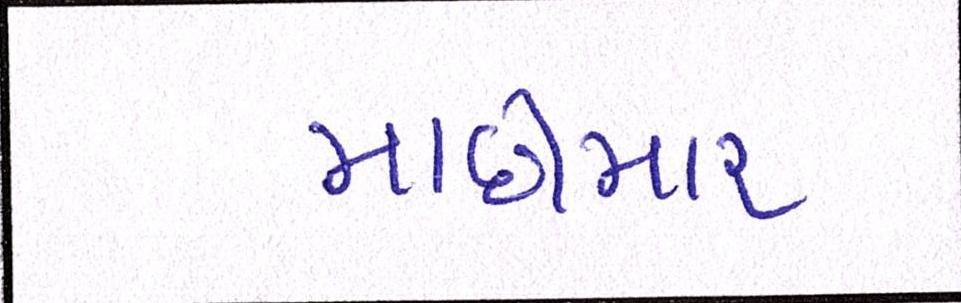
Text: માછીમાર